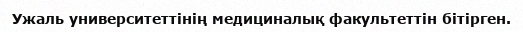
Ужаль университеттінің медициналық факультеттін бітірген.